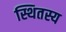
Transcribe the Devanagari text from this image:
स्थितस्य